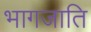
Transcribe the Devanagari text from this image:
भागजाति